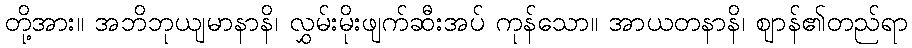
တို့အား။ အဘိဘုယျမာနာနိ၊ လွှမ်းမိုးဖျက်ဆီးအပ် ကုန်သော။ အာယတနာနိ၊ ဈာန်၏တည်ရာ